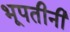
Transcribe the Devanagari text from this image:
भूपतीनी